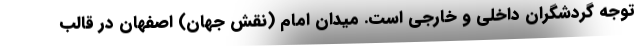
توجه گردشگران داخلی و خارجی است. میدان امام (نقش جهان) اصفهان در قالب